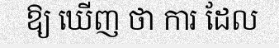
ឱ្យ ឃើញ ថា ការ ដែល